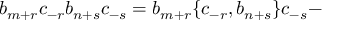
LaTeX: b _ { m + r } c _ { - r } b _ { n + s } c _ { - s } = b _ { m + r } \lbrace c _ { - r } , b _ { n + s } \rbrace c _ { - s } -